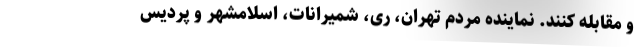
و مقابله کنند. نماینده مردم تهران، ری، شمیرانات، اسلامشهر و پردیس